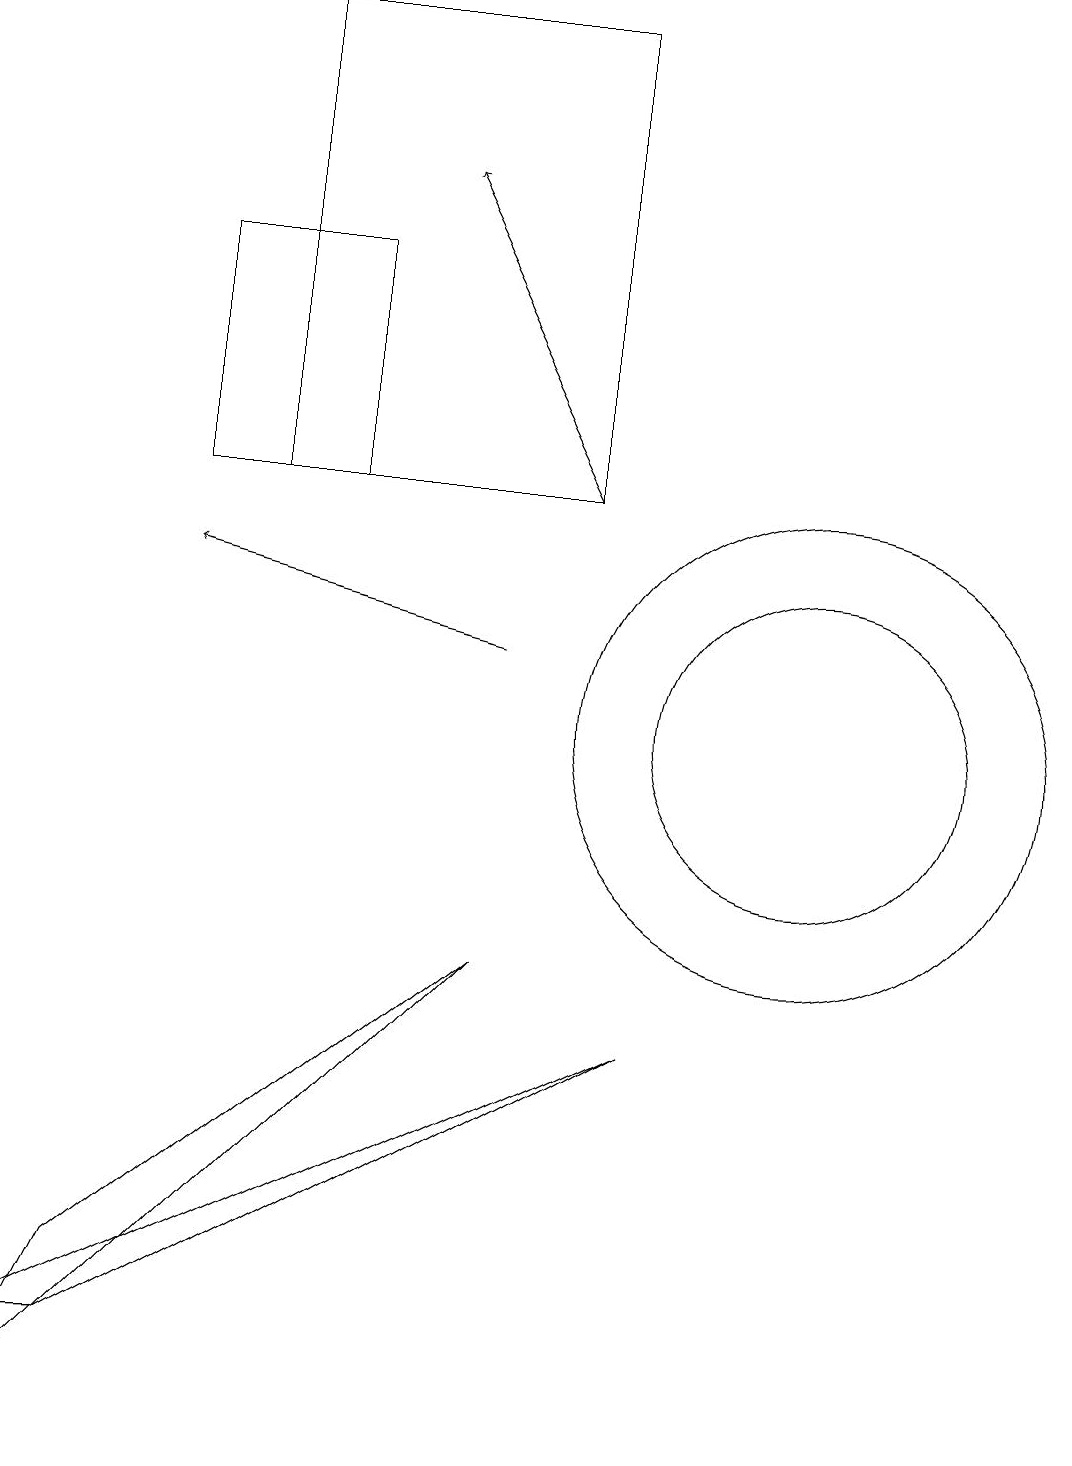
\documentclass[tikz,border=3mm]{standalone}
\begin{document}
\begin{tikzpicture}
\draw[->] (7,11) -- (3,12);
\draw (2,2) -- (1,2) -- (9,6) -- cycle;
\draw (11,10) circle (3);
\draw (3,16) rectangle (5,13);
\draw[->] (8,13) -- (6,17);
\draw (8,13) rectangle (4,19);
\draw (11,10) circle (2);
\draw (7,7) -- (1,1) -- (2,3) -- cycle;
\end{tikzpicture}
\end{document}